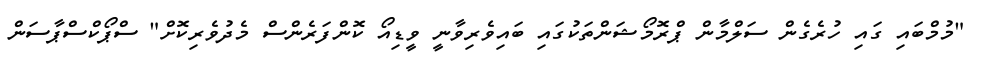
"މުމްބައި ގައި ހުރެގެން ސަލްމާން ޕްރޮމޯޝަންތަކުގައި ބައިވެރިވާނީ ވީޑިއޯ ކޮންފަރެންސް މެދުވެރިކޮށް" ސްޕޯކްސްޕާސަން